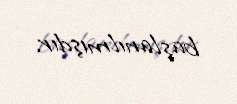
başlanılmışdır.